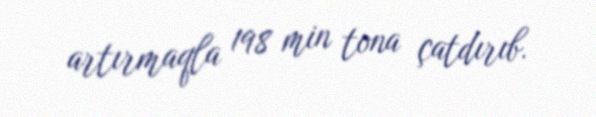
artırmaqla 198 min tona çatdırıb.